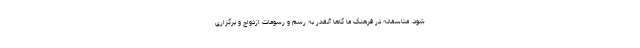
شود. متاسفانه در فرهنگ ما گاها آنقدر به رسم و رسومات ازدواج و برگزاری